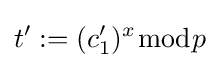
t':=(c'_{1})^{x}{\bmod {p}}